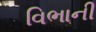
વિભાની